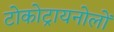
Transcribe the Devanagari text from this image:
टोकोट्रायनोलों